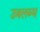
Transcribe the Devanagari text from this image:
उबलब्ध